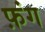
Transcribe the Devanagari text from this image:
फ़ंग